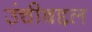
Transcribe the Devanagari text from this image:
उंचीबद्दल